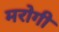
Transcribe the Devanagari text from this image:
मरोगी